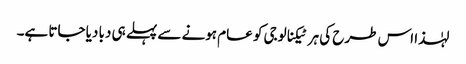
لہٰذا اس طرح کی ہر ٹیکنالوجی کو عام ہونے سے پہلے ہی دبا دیا جاتا ہے۔